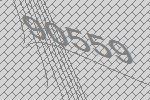
90559